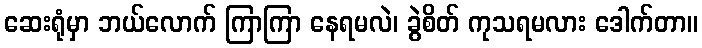
ဆေးရုံမှာ ဘယ်လောက် ကြာကြာ နေရမလဲ၊ ခွဲစိတ် ကုသရမလား ဒေါက်တာ။